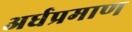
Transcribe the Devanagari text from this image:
अर्धप्रमाण